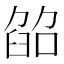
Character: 𦥵